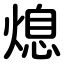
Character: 熄